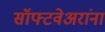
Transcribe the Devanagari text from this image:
सॉफ्टवेअरांना